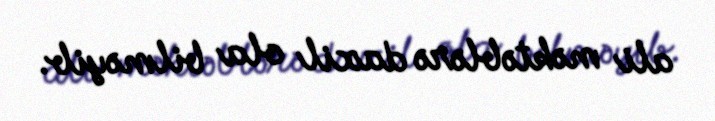
ali məktəblərə daxil ola bilməyib.